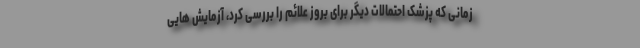
زمانی که پزشک احتمالات دیگر برای بروز علائم را بررسی کرد، آزمایش هایی